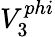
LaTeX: V_{3}^{phi}